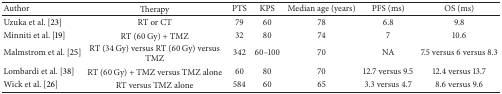
<table><thead><tr><td><b>Author</b></td><td><b>Therapy</b></td><td><b>PTS</b></td><td><b>KPS</b></td><td><b>Median age (years)</b></td><td><b>PFS (ms)</b></td><td><b>OS (ms)</b></td></tr></thead><tbody><tr><td>Uzuka et al. [23]</td><td>RT or CT</td><td>79</td><td>60</td><td>78</td><td>6.8 </td><td>9.8</td></tr><tr><td>Minniti et al. [19]</td><td>RT (60 Gy) + TMZ</td><td>32</td><td>80</td><td>74</td><td>7</td><td>10.6</td></tr><tr><td>Malmstrom et al. [25]</td><td>RT (34 Gy) versus RT (60 Gy) versus TMZ</td><td>342 </td><td>60–100</td><td>70</td><td>NA</td><td>7.5 versus 6 versus 8.3</td></tr><tr><td>Lombardi et al. [38]</td><td>RT (60 Gy) + TMZ versus TMZ alone</td><td>60</td><td>80</td><td>70 </td><td>12.7 versus 9.5</td><td>12.4 versus 13.7</td></tr><tr><td>Wick et al. [26]</td><td>RT versus TMZ alone</td><td>584</td><td>60</td><td>65</td><td>3.3 versus 4.7</td><td>8.6 versus 9.6</td></tr></tbody></table>